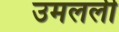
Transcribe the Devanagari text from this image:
उमलली